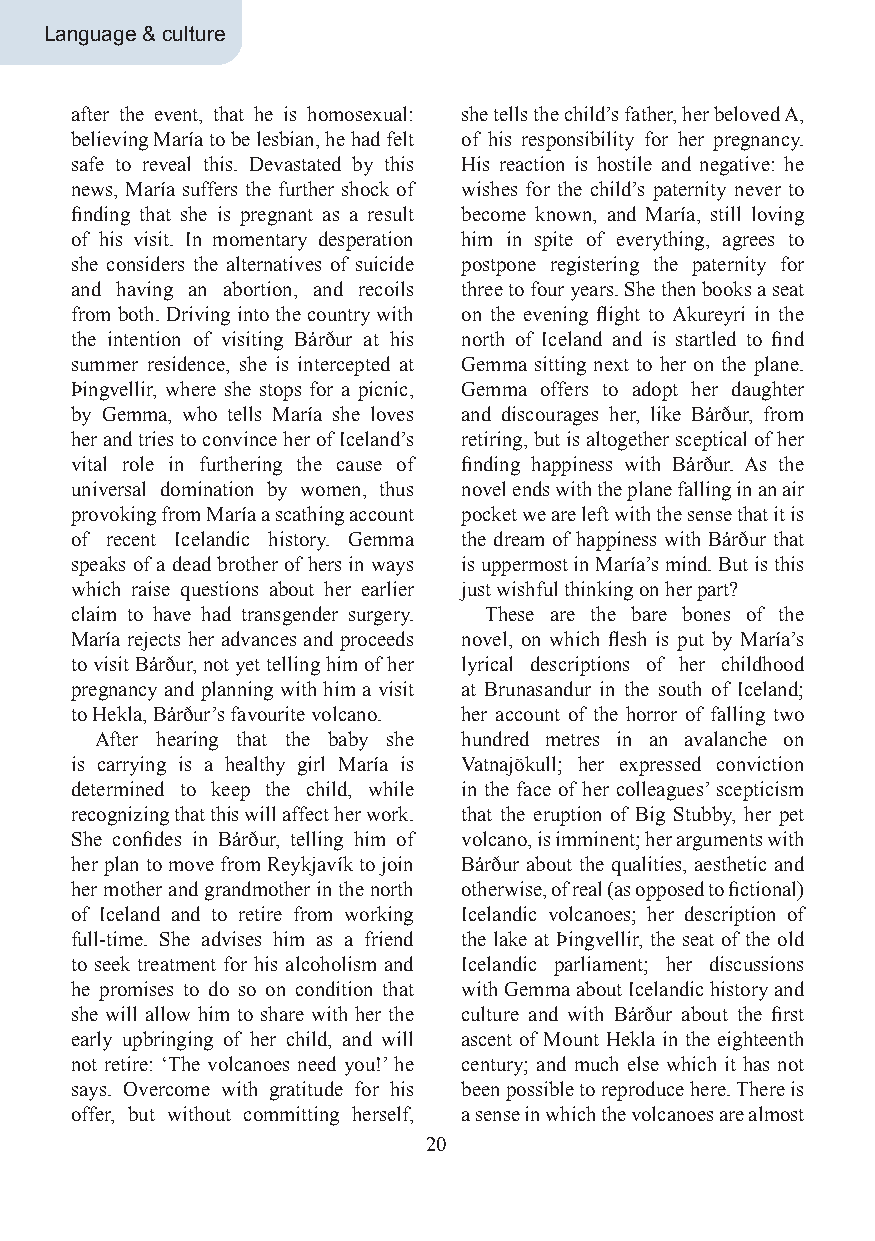
Language & culture
 after the event, that he is homosexual: she tells the child’s father, her beloved A,
 believing María to be lesbian, he had felt of his responsibility for her pregnancy.
 safe to reveal this. Devastated by this His reaction is hostile and negative: he
 news, María suffers the further shock of wishes for the child’s paternity never to
 finding that she is pregnant as a result become known, and María, still loving
 of his visit. In momentary desperation him in spite of everything, agrees to
 she considers the alternatives of suicide postpone registering the paternity for
 and having an abortion, and recoils three to four years. She then books a seat
 from both. Driving into the country with on the evening flight to Akureyri in the
 the intention of visiting Bárður at his north of Iceland and is startled to find
 summer residence, she is intercepted at Gemma sitting next to her on the plane.
 Þingvellir, where she stops for a picnic, Gemma offers to adopt her daughter
 by Gemma, who tells María she loves and discourages her, like Bárður, from
 her and tries to convince her of Iceland’s retiring, but is altogether sceptical of her
 vital role in furthering the cause of finding happiness with Bárður. As the
 universal domination by women, thus novel ends with the plane falling in an air
 provoking from María a scathing account pocket we are left with the sense that it is
 of recent Icelandic history. Gemma the dream of happiness with Bárður that
 speaks of a dead brother of hers in ways is uppermost in María’s mind. But is this
 which raise questions about her earlier just wishful thinking on her part?
 claim to have had transgender surgery. These are the bare bones of the
 María rejects her advances and proceeds novel, on which flesh is put by María’s
 to visit Bárður, not yet telling him of her lyrical descriptions of her childhood
 pregnancy and planning with him a visit at Brunasandur in the south of Iceland;
 to Hekla, Bárður’s favourite volcano. her account of the horror of falling two
 After hearing that the baby she hundred metres in an avalanche on
 is carrying is a healthy girl María is Vatnajökull; her expressed conviction
 determined to keep the child, while in the face of her colleagues’ scepticism
 recognizing that this will affect her work. that the eruption of Big Stubby, her pet
 She confides in Bárður, telling him of volcano, is imminent; her arguments with
 her plan to move from Reykjavík to join Bárður about the qualities, aesthetic and
 her mother and grandmother in the north otherwise, of real (as opposed to fictional)
 of Iceland and to retire from working Icelandic volcanoes; her description of
 full-time. She advises him as a friend the lake at Þingvellir, the seat of the old
 to seek treatment for his alcoholism and Icelandic parliament; her discussions
 he promises to do so on condition that with Gemma about Icelandic history and
 she will allow him to share with her the culture and with Bárður about the first
 early upbringing of her child, and will ascent of Mount Hekla in the eighteenth
 not retire: ‘The volcanoes need you!’ he century; and much else which it has not
 says. Overcome with gratitude for his been possible to reproduce here. There is
 offer, but without committing herself, a sense in which the volcanoes are almost
 20